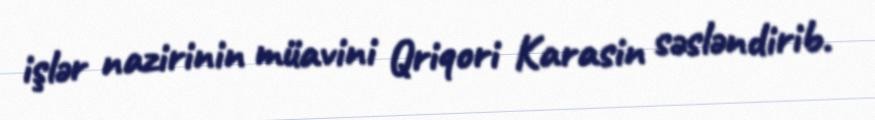
işlər nazirinin müavini Qriqori Karasin səsləndirib.